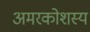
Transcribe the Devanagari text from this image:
अमरकोशस्य